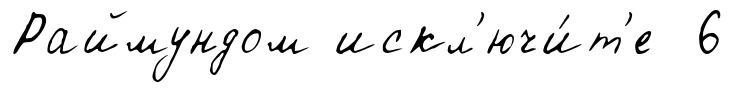
Раймундом искл'ючи́т'е 6